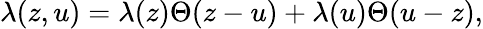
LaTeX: \lambda(z,u)=\lambda(z)\Theta(z-u)+\lambda(u)\Theta(u-z),